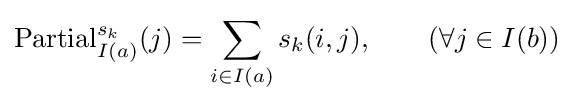
{\text{Partial}}_{I(a)}^{s_{k}}(j)=\sum _{i\in I(a)}s_{k}(i,j),\qquad (\forall j\in I(b))